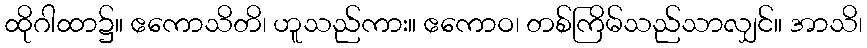
ထိုဂါထာ၌။ ဧကောသိတိ၊ ဟူသည်ကား။ ဧကောဝ၊ တစ်ကြိမ်သည်သာလျှင်။ အာသိ၊